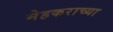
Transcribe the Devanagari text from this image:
मेहकराच्या